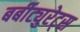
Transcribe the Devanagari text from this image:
बर्बीट्युरेट्स